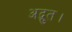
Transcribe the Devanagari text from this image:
अद्भुत।